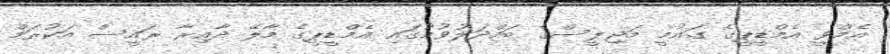
އެމްވީ އެމްޑީޕީގެ ގައުމީ މަޖިލީސްގެ ބައްދަލުވުމުގައި އެމްޑީޕީގެ މާލޭ ދާއިރާ ރައީސް އަކުރަމް